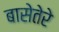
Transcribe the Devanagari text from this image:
बासेतेरे